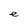
Character: e